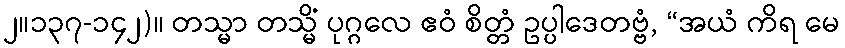
၂။၁၃၇-၁၄၂)။ တသ္မာ တသ္မိံ ပုဂ္ဂလေ ဧဝံ စိတ္တံ ဥပ္ပါဒေတဗ္ဗံ, “အယံ ကိရ မေ